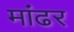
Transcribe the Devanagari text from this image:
मांढर